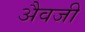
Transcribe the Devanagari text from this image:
अैवजी